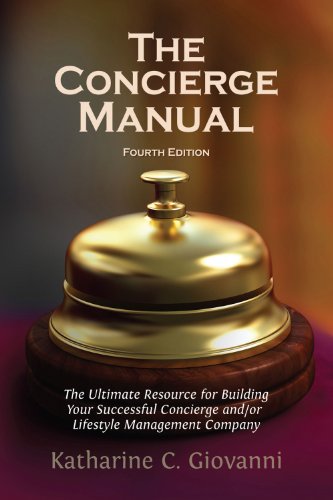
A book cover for The Concierge Manual: The Ultimate Resource for Building Your Concierge and/or Lifestyle Management Company; Katharine C. Giovanni; Business & Money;